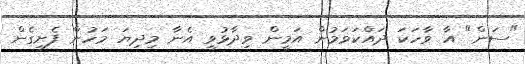
"ސަން" އާ ވާހަކަ ދައްކަވަމުން އަމީން ވިދާޅުވީ އެނާ މިދިޔަ މަހުން ފެށިގެން